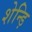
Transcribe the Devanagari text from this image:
शेन्ड़ि